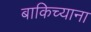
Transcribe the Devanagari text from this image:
बाकिच्याना